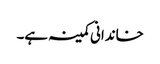
خاندانی کمینہ ہے۔